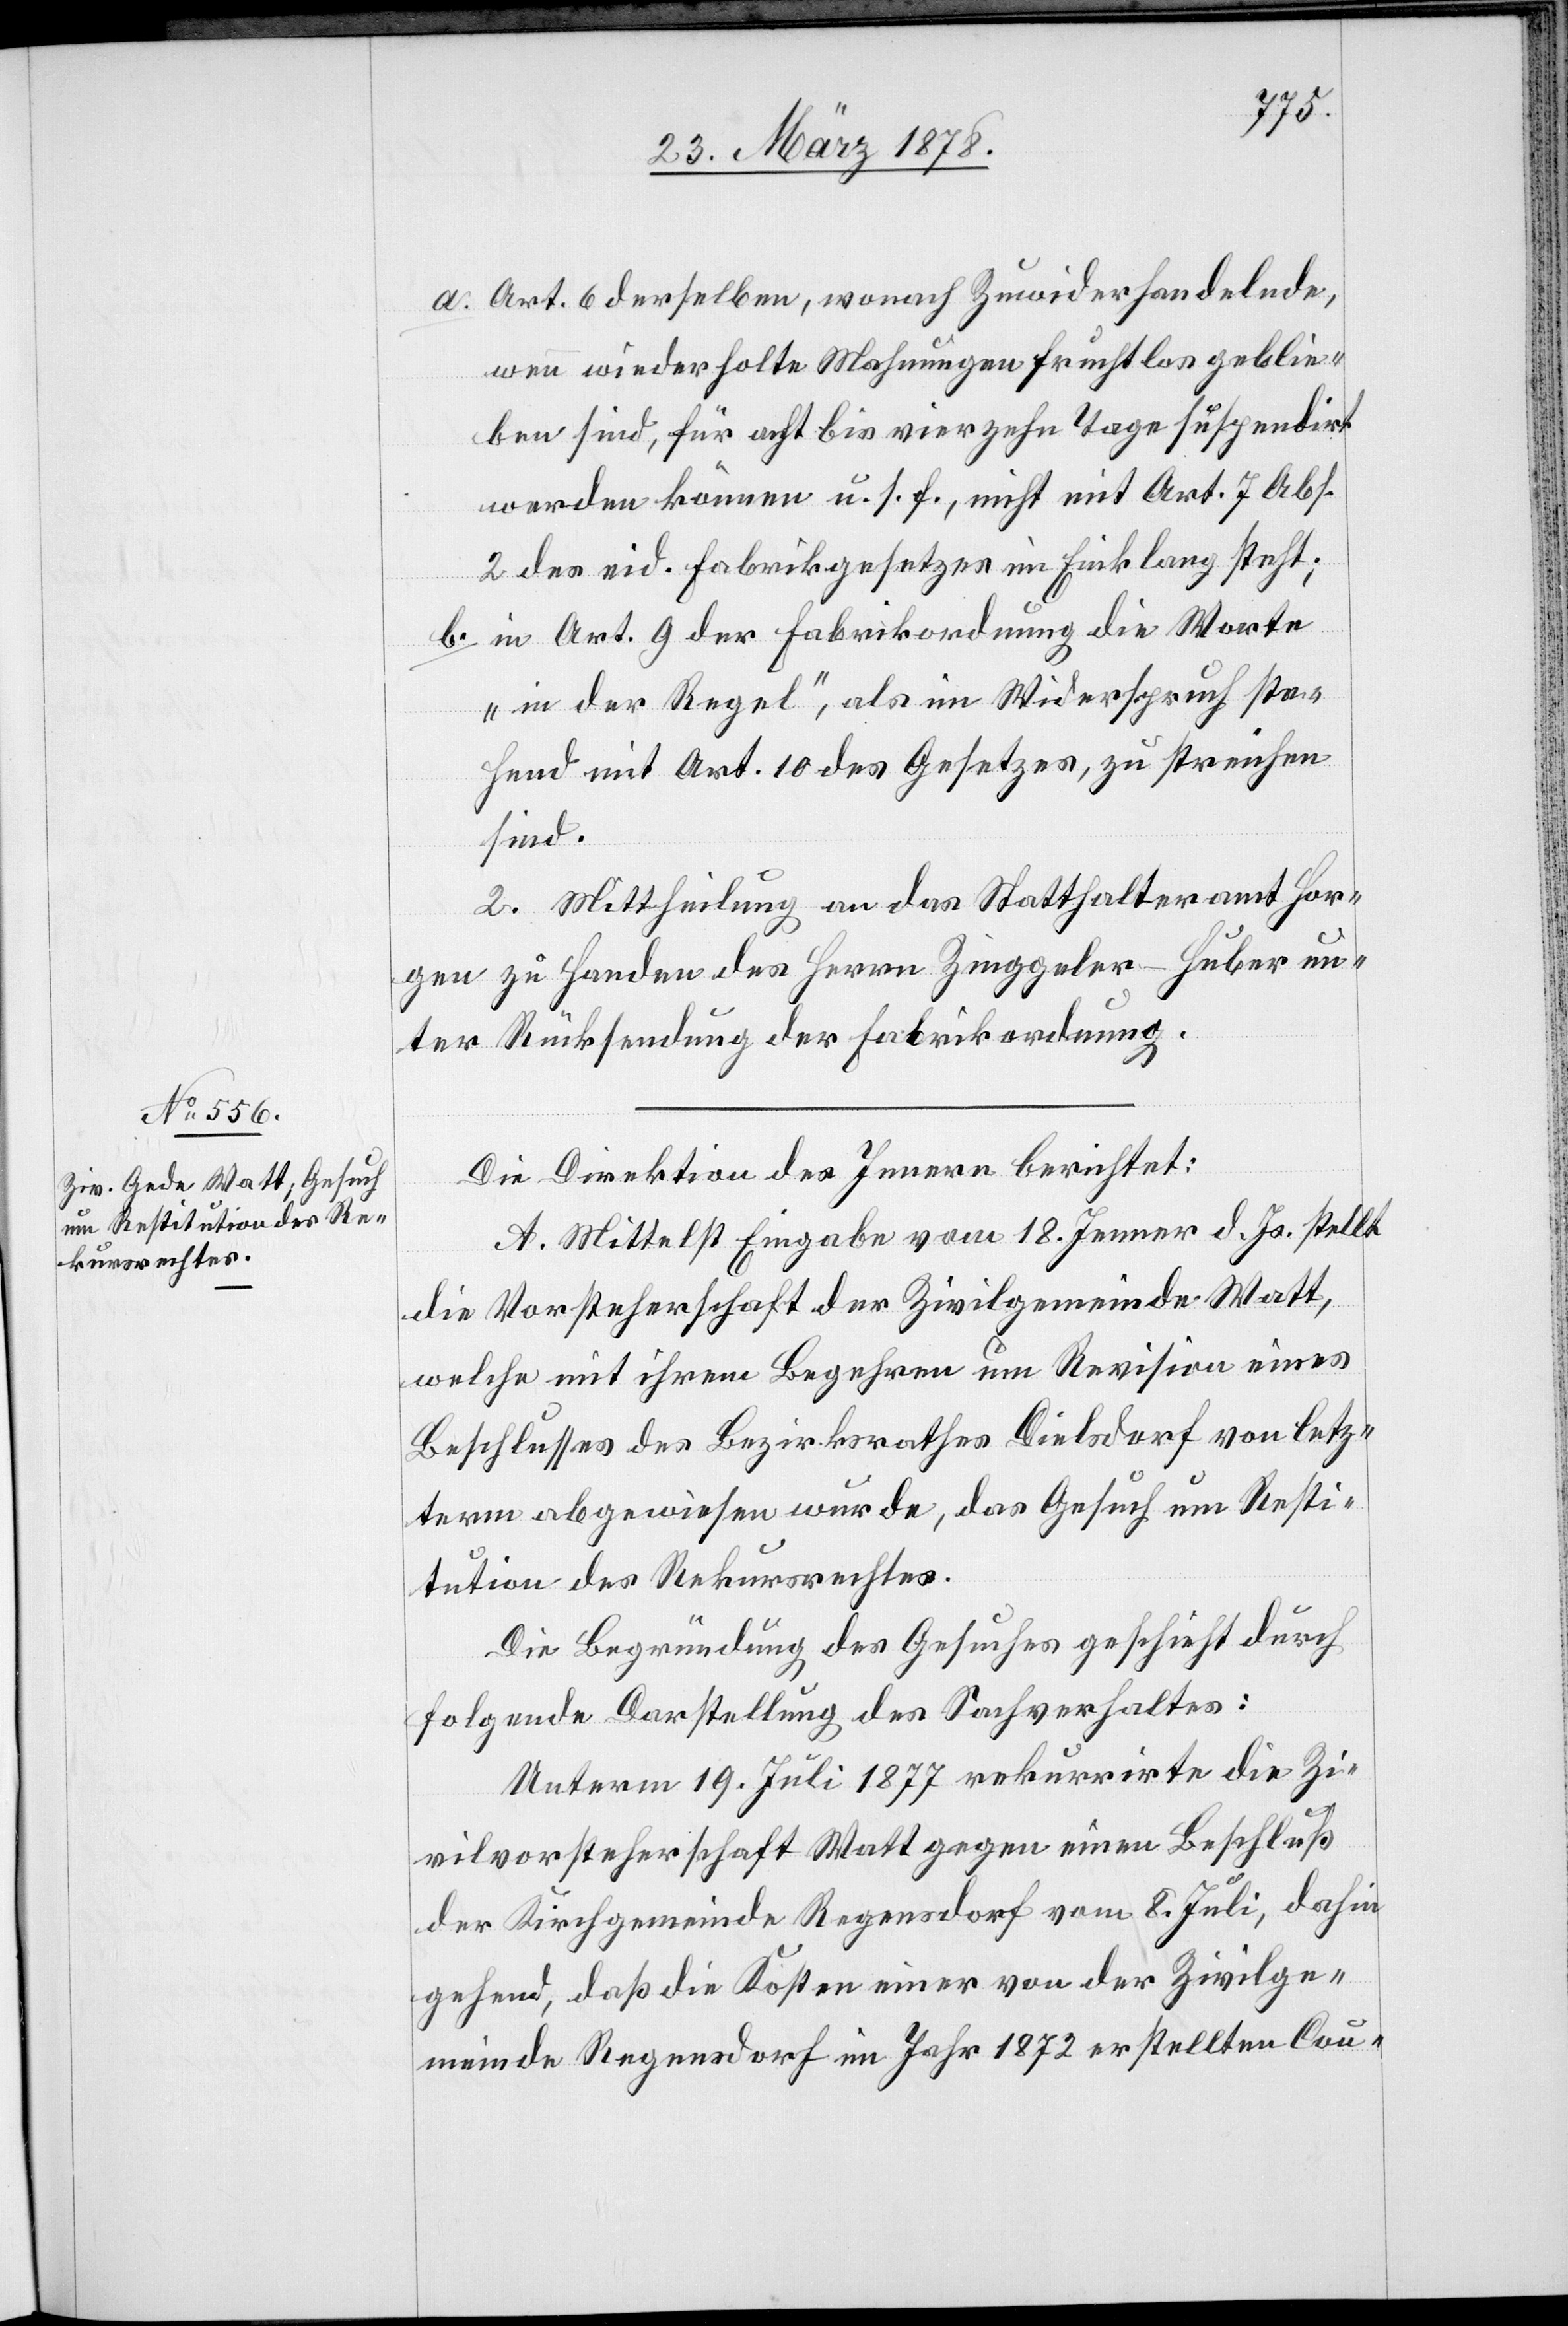
Art. 6 derselben, wonach Zuwiderhandelnde,
wenn wiederholte Mahnungen fruchtlos geblie¬
ben sind, für acht bis vierzehn Tage suspendirt
werden können u. s. f., nicht mit Art. 7 Abs.
2 des eid. Fabrikgesetzes im Einklang steht;
in Art. 9 der Fabrikordnung die Worte
„in der Regel“, als im Widerspruch ste¬
hend mit Art. 10 des Gesetzes, zu streichen
sind.
2. Mittheilung an das Statthalteramt Hor¬
gen zu Handen des Herrn Zinggeler-Huber un¬
ter Rücksendung der Fabrikordnung.
Die Direktion des Innern berichtet:
A. Mittelst Eingabe vom 18. Jenner d. Js. stellt
die Vorsteherschaft der Zivilgemeinde Watt,
welche mit ihrem Begehren um Revision eines
Beschlusses des Bezirksrathes Dielsdorf von letz¬
term abgewiesen wurde, das Gesuch um Resti¬
tution des Rekursrechtes.
Die Begründung des Gesuches geschieht durch
folgende Darstellung des Sachverhaltes:
Unterm 19. Juli 1877 rekurrirte die Zi¬
vilvorsteherschaft Watt gegen einen Beschluß
der Kirchgemeinde Regensdorf vom 8. Juli, dahin
gehend, daß die Kosten einer von der Zivilge¬
meinde Regensdorf im Jahr 1872 erstellten Cou-